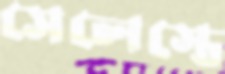
সেলেস্তে